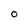
Character: O